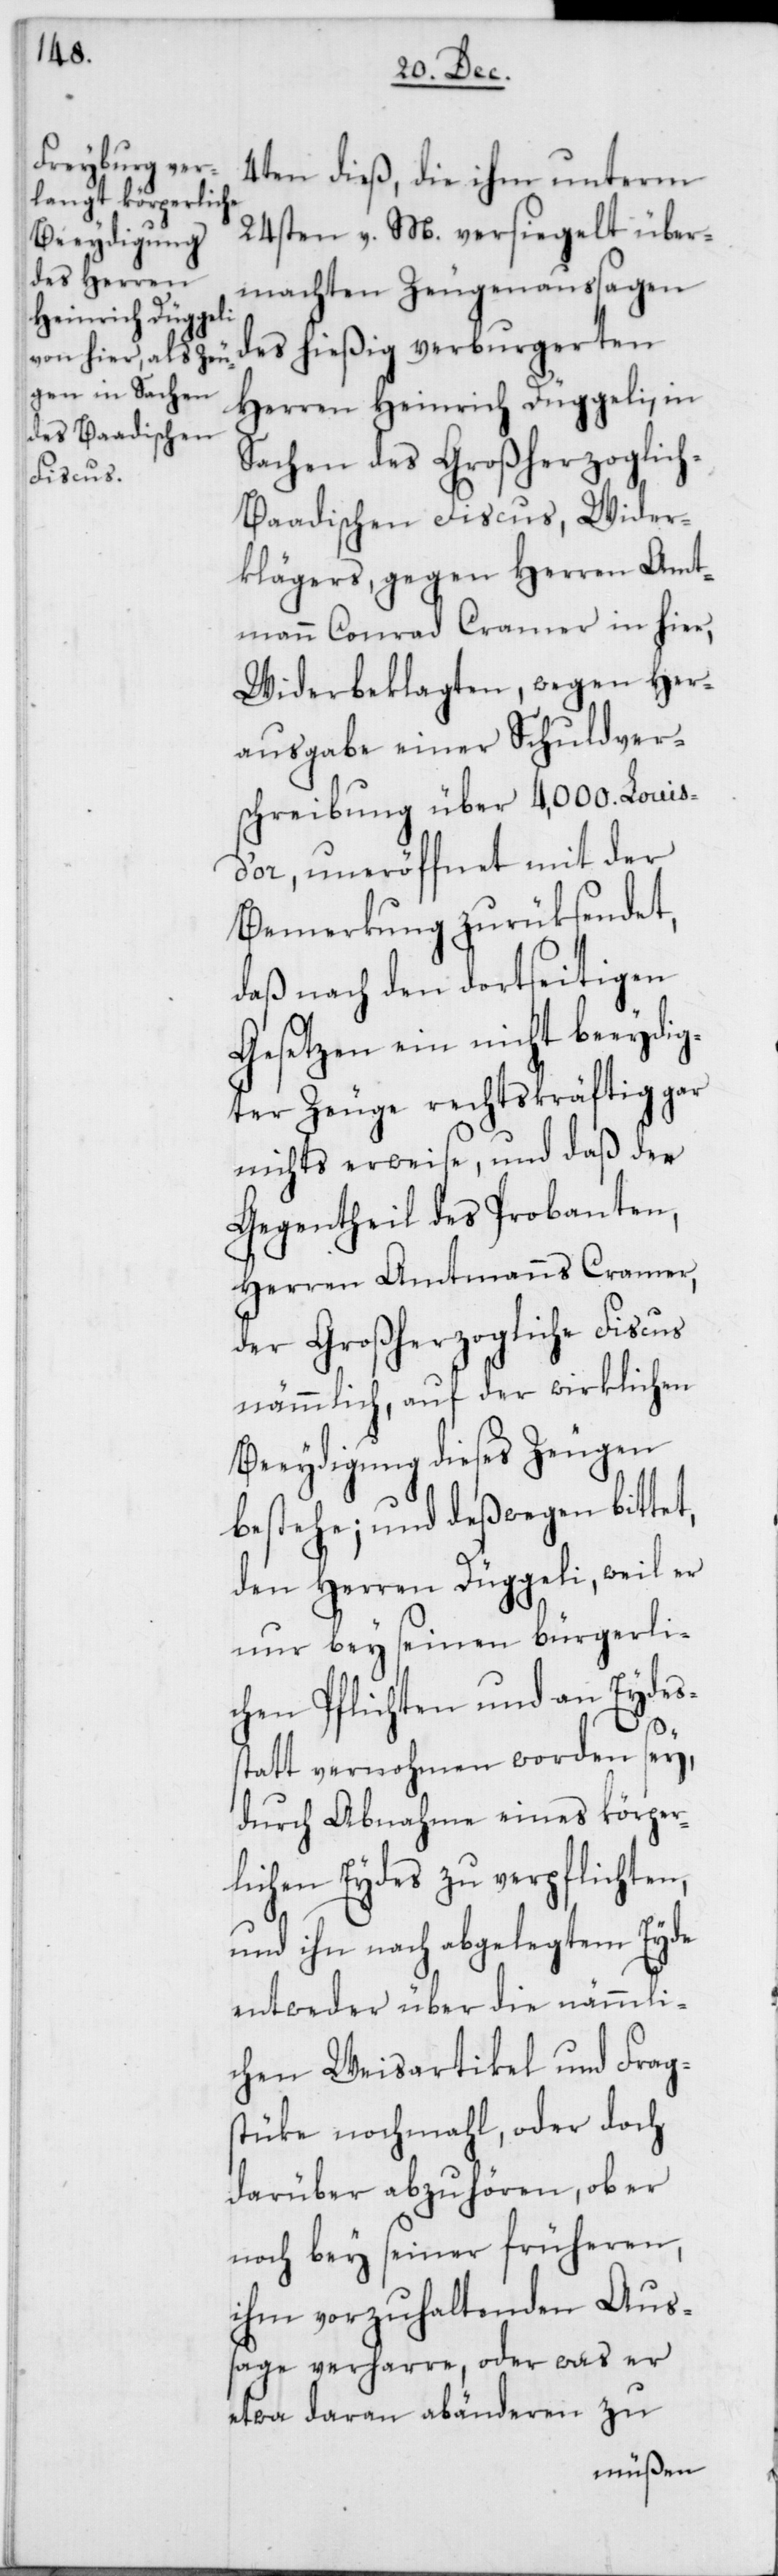
4ten dieß, die ihm unterm
24sten v. M. versiegelt über¬
machten Zeugenaussagen
des hießig verburgerten
Herren Heinrich Düggeli, in
Sachen des Großherzoglic¬
h-Baadischen Fiscus, Wider¬
klägers, gegen Herren Amt¬
mann Conrad Cramer in hier,
Widerbeklagten, wegen Her¬
ausgabe einer Schuldver¬
schreibung über 4,000. Louis
d’or, uneröffnet mit der
Bemerkung zurüksendet,
daß nach den dortseitigen
Gesetzen ein nicht beeydig¬
ter Zeuge rechtskräftig gar
nichts erweise, und daß der
Gegentheil des Probanten,
Herren Amtmanns Cramer,
der Großherzogliche Fiscus
nämmlich, auf der wirklichen
Beeydigung dieses Zeugen
bestehe; und deswegen bittet,
den Herren Düggeli, weil er
nur bey seinen bürgerli¬
chen Pflichten und an Eydes¬
statt vernohmen worden sey,
durch Abnahme eines körper¬
lichen Eydes zu verpflichten,
und ihn nach abgelegtem Eyde
entweder über die nämmli¬
chen Weisartikel und Frag¬
stüke noch mahl, oder doch
darüber abzuhören, ob er
noch bey seiner früheren,
ihm vorzuhaltenden Aus¬
sage verharre, oder was er
etwa daran abänderen zu